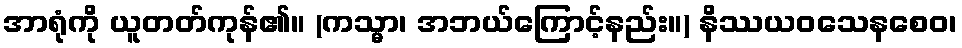
အာရုံကို ယူတတ်ကုန်၏။ (ကသ္မာ၊ အဘယ်ကြောင့်နည်း။) နိဿယဝသေနစေဝ၊